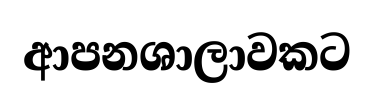
ආපනශාලාවකට